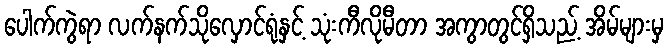
ပေါက်ကွဲရာ လက်နက်သိုလှောင်ရုံနှင့် သုံးကီလိုမီတာ အကွာတွင်ရှိသည့် အိမ်များမှ